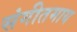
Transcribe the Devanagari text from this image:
संगीतमाय